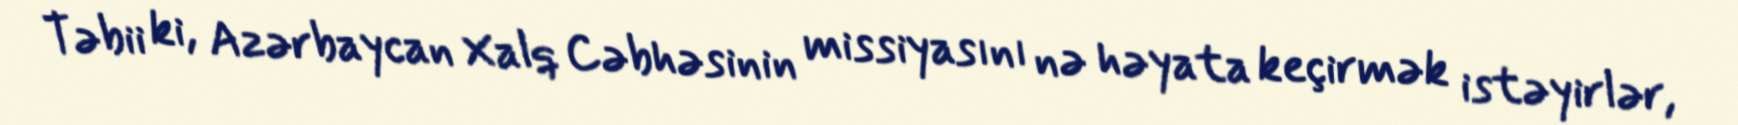
Təbii ki, Azərbaycan Xalq Cəbhəsinin missiyasını nə həyata keçirmək istəyirlər,